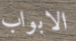
الابواب